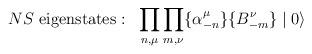
LaTeX: \begin{align*}NS~{\rm eigenstates:} \: \: \: \prod_{n, \mu} \prod_{m, \nu} \{\alpha_{-n}^{\mu} \} \{ B_{-m}^{\nu} \} \mid 0 \rangle\end{align*}